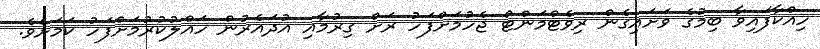
ހިއްކާފައިވާ ބިމުގެ ވަށައިގެން ރިވެޓްމަންޓް ޖެހުމަށްފަހު ރަށް ގިރުމާއި އުދައެރުން ހައްލުކުރުމަށްފަހު ކަމަށެވެ.